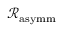
\mathcal { R } _ { \mathrm { a s y m m } }